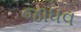
જાધવ